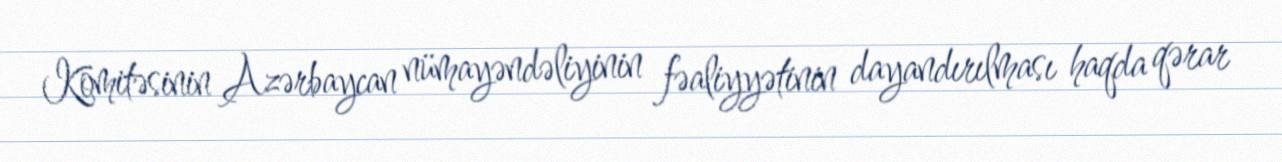
Komitəsinin Azərbaycan nümayəndəliyinin fəaliyyətinin dayandırılması haqda qərar